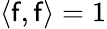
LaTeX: \langle\mathsf{f},\mathsf{f}\rangle=1